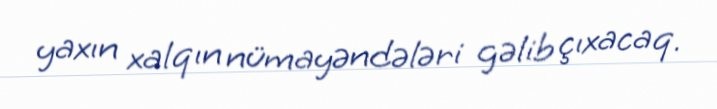
yaxın xalqın nümayəndələri gəlib çıxacaq.